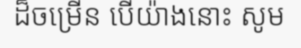
ដ៏ចម្រើន បើយ៉ាងនោះ សូម